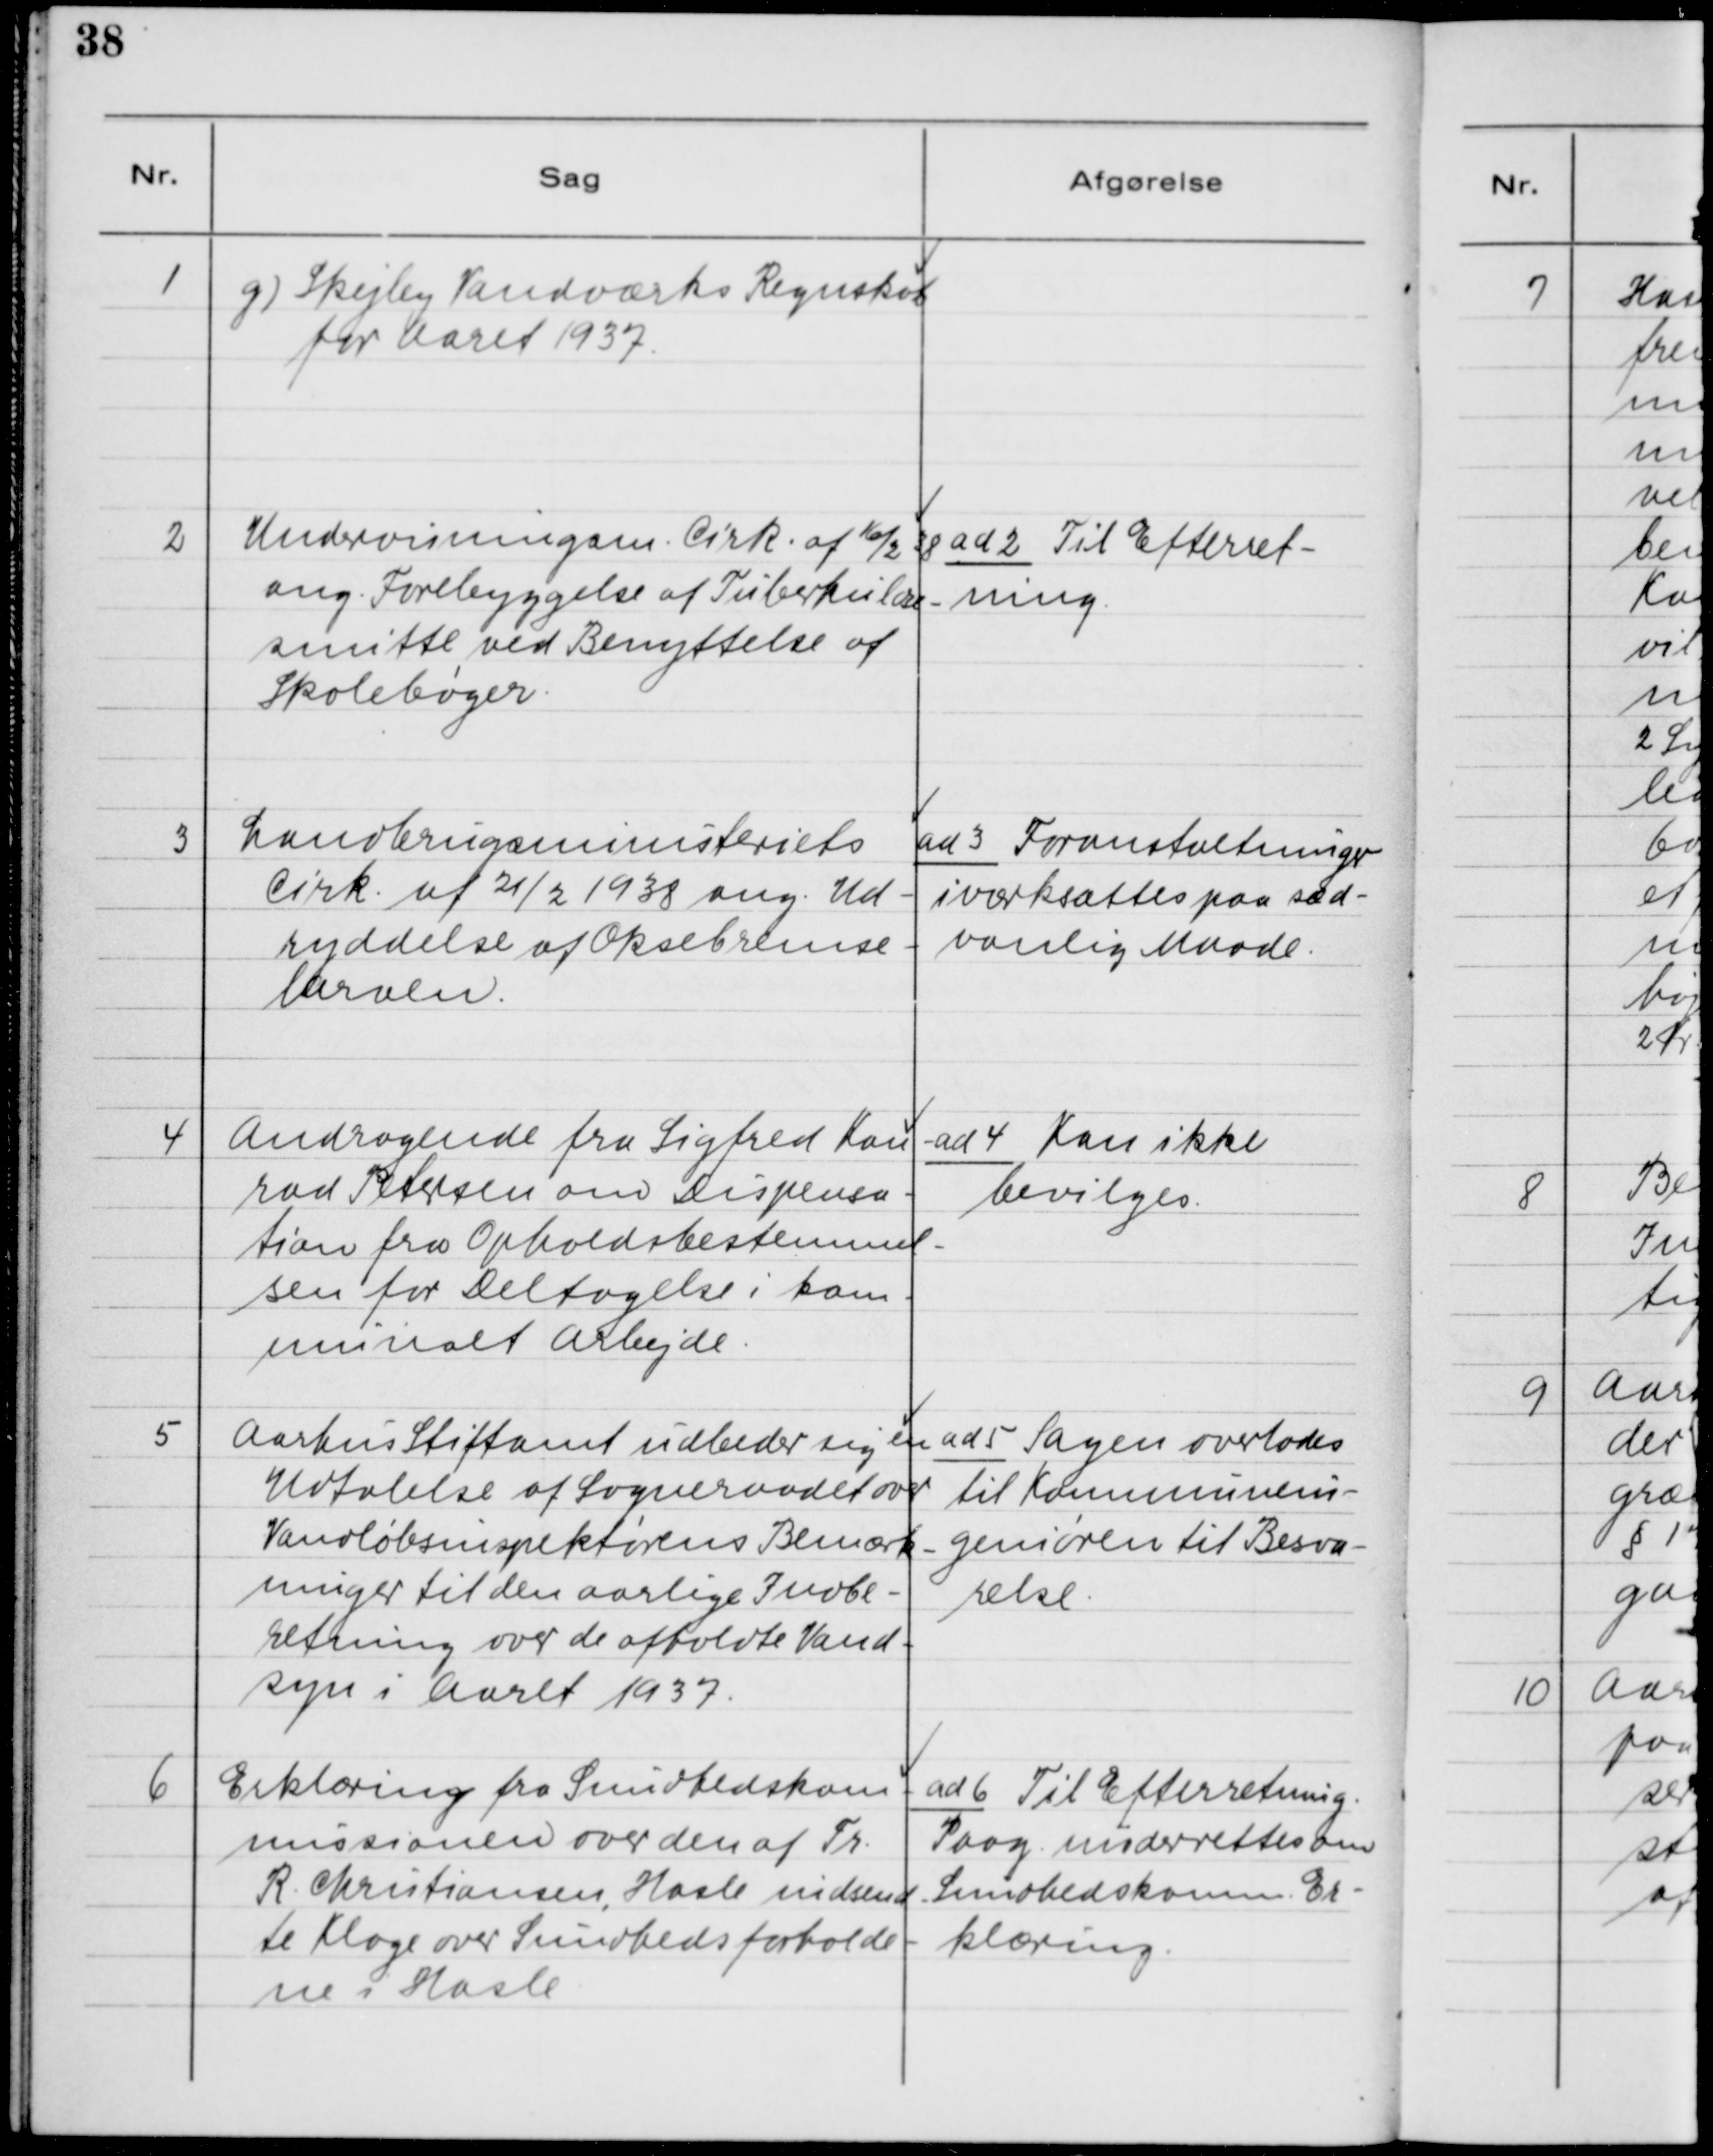
Transskription:
1. g) Skejby Vandværks Regnskab
for Aaret 1937

2. Undervisningsm. Cirk. af 16/2 38
ang. Forebyggelse af Tuberkulære-
smitte ved Benyttelse af
Skolebøger.

ad 2. Til Efterret-
ning.

3. Landbrugsministeriets
Cirk. af 21/2 1938 ang. Ud-
ryddelse af Oksebremse-
larven.

ad 3. Foranstaltninger
iværksættes paa sæd-
vanlig Maade.

4. Andragende fra Sigfred Kon-
rad Petersen om Dispensa-
tion fra Opholdsbestemmel-
sen for Deltagelse i kom-
munalt Arbejde.

ad 4. Kan ikke
bevilges

5. Aarhus Stiftsamt udbeder sig en
Udtalelse af Sogneraadet over
Vandløbsinspektørens Bemærk-
ninger til den aarlige Indbe-
retning over de afholdt Vand-
syn i Aaret 1937.

ad 5. Sagen overlades
til Kommunein-
geniøren til Besva-
relse.

6. Erklæring fra Sundhedskom-
missionen over den af Fr.
R. Christiansen, Hasle indsend-
te Klage over Sundhedsforholde-
ne i Hasle.

ad 6. Til Efterretning.
Paag. underrettes om
Sundhedskomm. Er-
klæring.